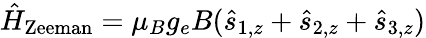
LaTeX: \hat{H}_{\mathrm{Zeeman}}=\mu_{B}g_{e}B(\hat{s}_{1,z}+\hat{s}_{2,z}+\hat{s}_{3,z})